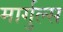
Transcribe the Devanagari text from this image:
मार्गुल्स